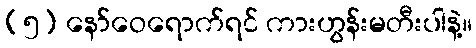
(၅) နော်ဝေရောက်ရင် ကားဟွန်းမတီးပါနဲ့။